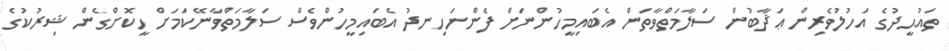
ތައުޙީދުގެ އަހުލުވެރިން ޢަޛާބުން ސަލާމަތްވާތަން އެބައިމީހުންނަށް ފެންނަހިނދު އެބައިމީހުންވެސް ސަލާމަތްވާނޭކަމަށް ހީކޮށްގެން ޝިރުކުގެ